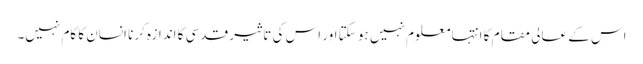
اس کے عالی مقام کا انتہا معلوم نہیں ہو سکتا اور اس کی تاثیر قدسی کا اندازہ کرنا انسان کا کام نہیں۔